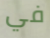
في